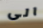
الى